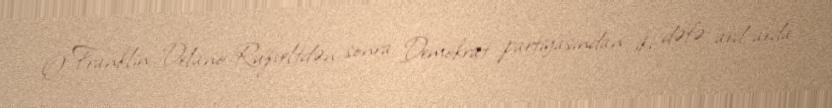
O, Franklin Delano Ruzveltdən sonra Demokrat partiyasından iki dəfə ard-arda